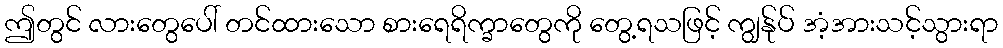
ဤတွင် လားတွေပေါ် တင်ထားသော စားရေရိက္ခာတွေကို တွေ့ရသဖြင့် ကျွန်ုပ် အံ့အားသင့်သွားရာ